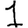
Digit: 1